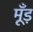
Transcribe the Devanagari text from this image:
मूँड़